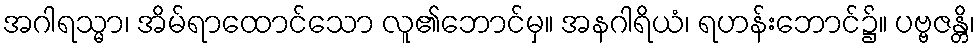
အဂါရသ္မာ၊ အိမ်ရာထောင်သော လူ၏ဘောင်မှ။ အနဂါရိယံ၊ ရဟန်းဘောင်၌။ ပဗ္ဗဇန္တိ၊